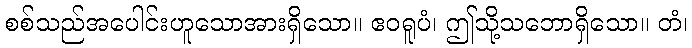
စစ်သည်အပေါင်းဟူသောအားရှိသော။ ဧဝရူပံ၊ ဤသို့သဘောရှိသော။ တံ၊